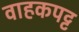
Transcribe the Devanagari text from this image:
वाहकपट्ट